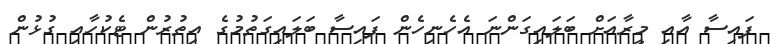
ފައިސާ އާއި މީރާއަށް ބަލައިގަންނަ އެހެނިހެން ފައިސާ ބަލައިގަތުމުގެ އިތުރުން ޓެކުހާއި ގުޅުން